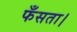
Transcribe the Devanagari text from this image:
फँसता।